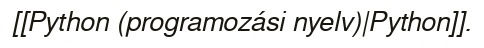
[[Python (programozási nyelv)|Python]].